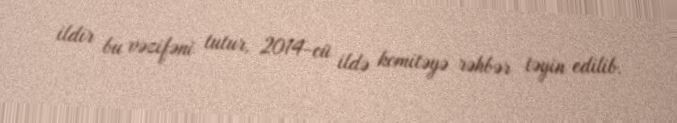
ildir bu vəzifəni tutur, 2014-cü ildə komitəyə rəhbər təyin edilib.